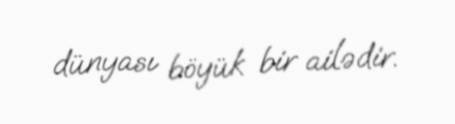
dünyası böyük bir ailədir.